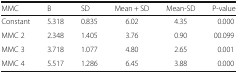
| MMC | B | SD | Mean + SD | Mean-SD | P-value |
 | --- | --- | --- | --- | --- | --- |
 | Constant | 5.318 | 0.835 | 6.02 | 4.35 | 0.000 |
 | MMC 2 | 2.348 | 1.405 | 3.76 | 0.90 | 00.099 |
 | MMC 3 | 3.718 | 1.077 | 4.80 | 2.65 | 0.001 |
 | MMC 4 | 5.517 | 1.286 | 6.45 | 3.88 | 0.000 |